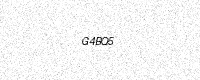
Text: G4BQ5